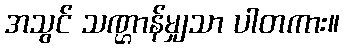
အသွင် သဏ္ဌာန်မျှသာ ပါတကား။